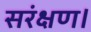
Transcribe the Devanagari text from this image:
सरंक्षण।